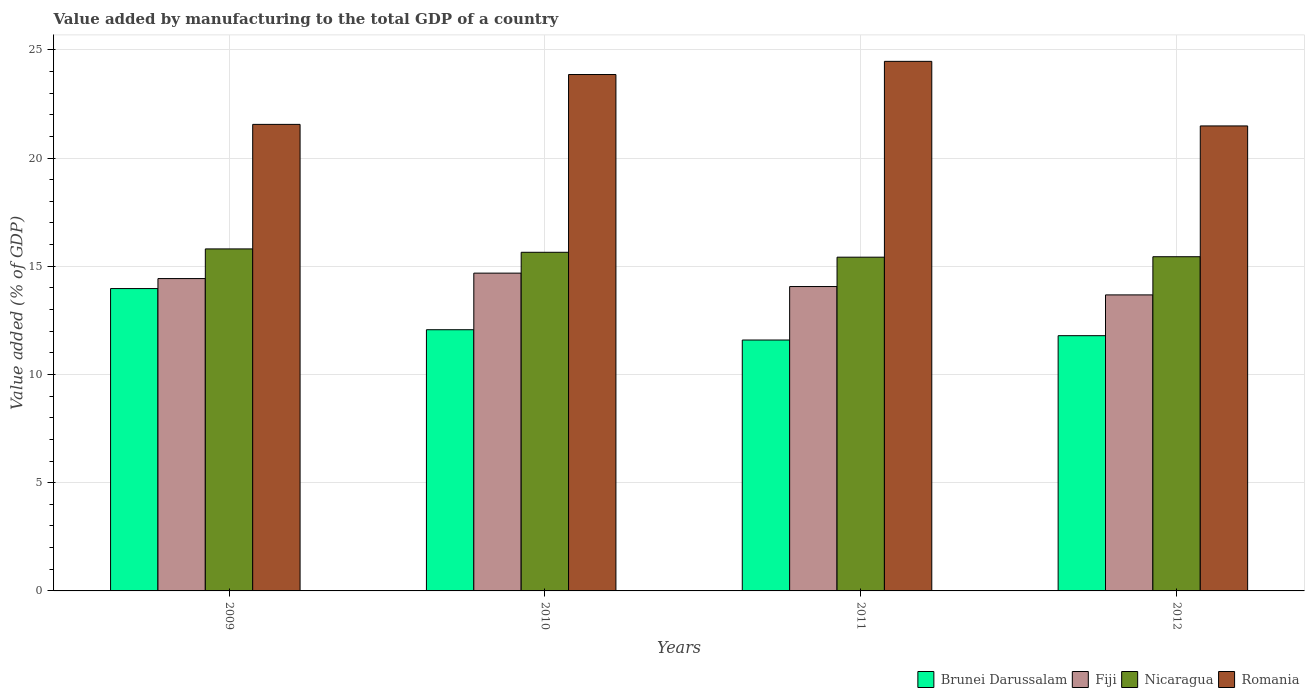
| Years | Brunei Darussalam | Fiji | Nicaragua | Romania |
 | --- | --- | --- | --- | --- |
 | 2009 | 14 | 14.4 | 15.8 | 21.6 |
 | 2010 | 12.1 | 14.7 | 15.6 | 23.9 |
 | 2011 | 11.6 | 14.1 | 15.4 | 24.5 |
 | 2012 | 11.8 | 13.7 | 15.4 | 21.5 |